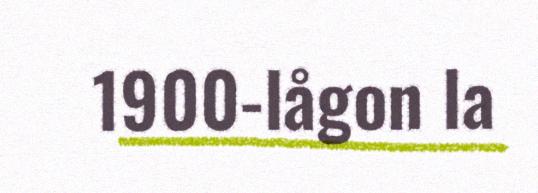
1900-lågon la